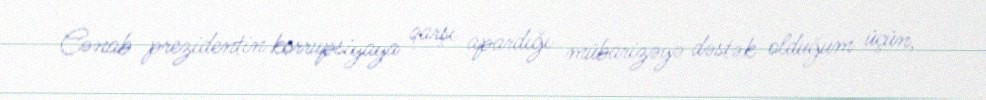
Cənab prezidentin korrupsiyaya qarşı apardığı mübarizəyə dəstək olduğum üçün,